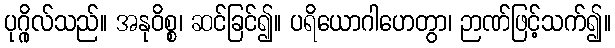
ပုဂ္ဂိုလ်သည်။ အနုဝိစ္စ၊ ဆင်ခြင်၍။ ပရိယောဂါဟေတွာ၊ ဉာဏ်ဖြင့်သက်၍။